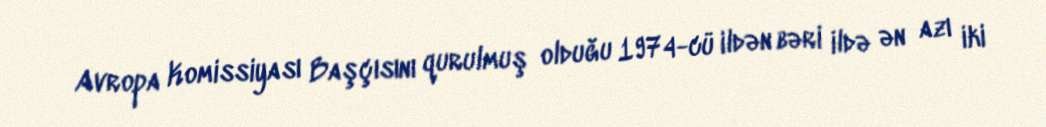
Avropa Komissiyası Başçısını qurulmuş olduğu 1974-cü ildən bəri ildə ən azı iki